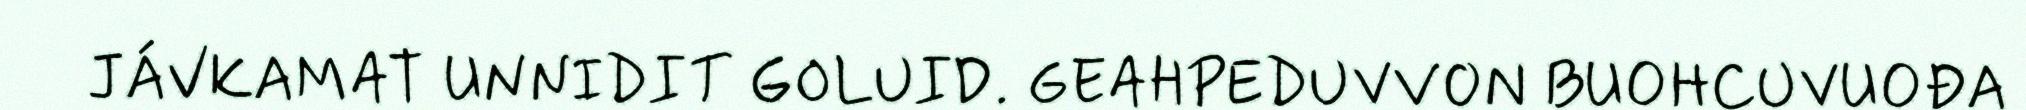
JÁVKAMAT UNNIDIT GOLUID. GEAHPEDUVVON BUOHCUVUOĐA